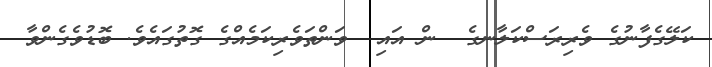
ކަލޭގެފާނުގެ ވެރިރަސްކަލާނގެ  ން އައި  ވަންތަވެރިކަމެއްގެ ގޮތުގައެވެ. ބޮޑުވެގެންވާ